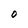
Character: O